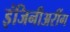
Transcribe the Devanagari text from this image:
इंजिनीअरींग